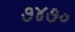
૭૪૭૦